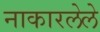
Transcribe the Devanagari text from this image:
नाकारलेले